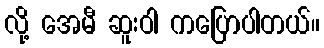
လို့ အေမီ ဆူးဝါ ကပြောပါတယ်။